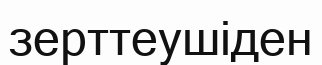
зерттеушіден